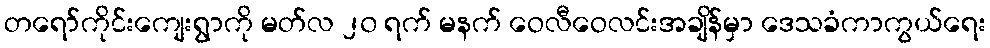
တရော်ကိုင်းကျေးရွာကို မတ်လ ၂၀ ရက် မနက် ဝေလီဝေလင်းအချိန်မှာ ဒေသခံကာကွယ်ရေး